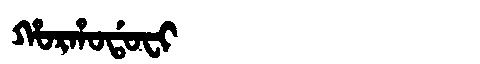
Manchu: ᡥᠣᡵᡥᠣᡩᠣᠸᡳ
Romanization: HORHODOFI